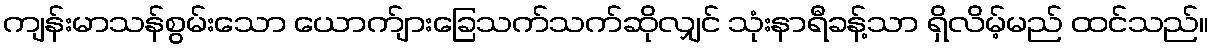
ကျန်းမာသန်စွမ်းသော ယောက်ျားခြေသက်သက်ဆိုလျှင် သုံးနာရီခန့်သာ ရှိလိမ့်မည် ထင်သည်။